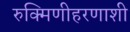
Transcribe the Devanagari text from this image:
रुक्मिणीहरणाशी